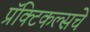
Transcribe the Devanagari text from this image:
प्रॅक्टिकल्सचे